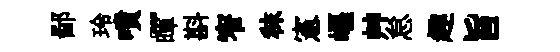
鄙玲噴~暉斟窄秣憲嶇艸怠趣旨